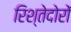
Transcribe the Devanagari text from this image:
रिश्तेदोरों